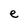
Character: e